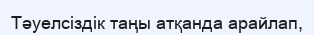
Тәуелсіздік таңы атқанда арайлап,